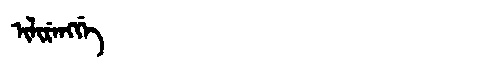
Manchu: ᡳᠯᡳᡵᡝᠩᡤᡝ
Romanization: ILIRENGGE